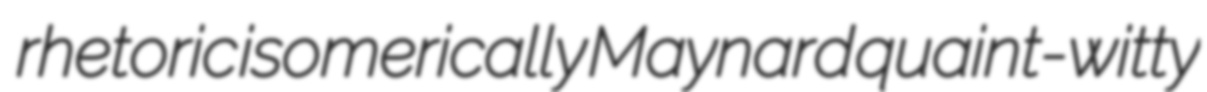
rhetoric isomerically Maynard quaint-witty